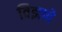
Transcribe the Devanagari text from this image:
विझणे